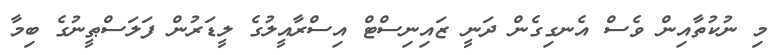
މި ނުކުތާއިން ވެސް އެނގިގެން ދަނީ ޒައިނިސްޓް އިސްރާއީލުގެ ލީޑަރުން ފަލަސްޠީނުގެ ބިމާ